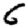
Digit: 5